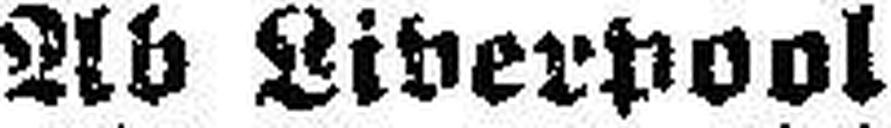
Ab Liverpool